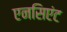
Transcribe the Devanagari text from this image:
एनसिएंट